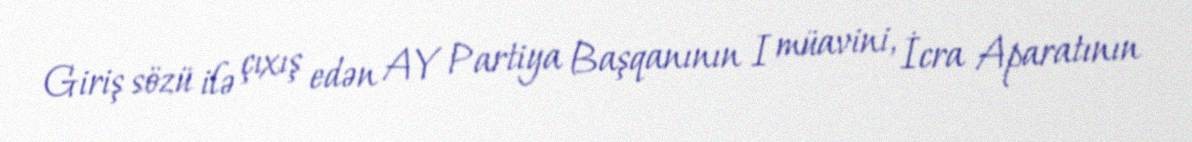
Giriş sözü ilə çıxış edən AY Partiya Başqanının I müavini, İcra Aparatının